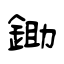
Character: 鋤